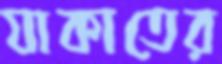
যাকাতের